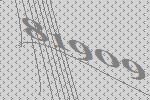
81909